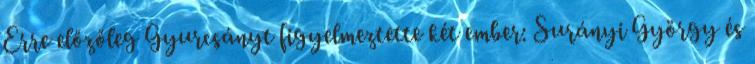
Erre előzőleg Gyurcsányt figyelmeztette két ember: Surányi György és